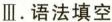
Ⅲ.语法填空